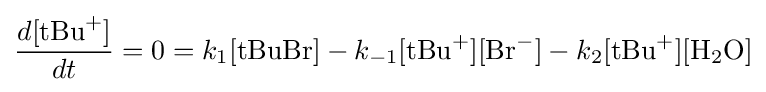
{\frac {d[{\text{tBu}}^{+}]}{dt}}=0=k_{1}[{\text{tBuBr}}]-k_{-1}[{\text{tBu}}^{+}][{\text{Br}}^{-}]-k_{2}[{\text{tBu}}^{+}][{\text{H}}_{2}{\text{O}}]